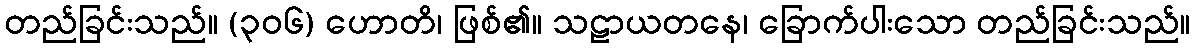
တည်ခြင်းသည်။ (၃၀၆) ဟောတိ၊ ဖြစ်၏။ သဠာယတနေ၊ ခြောက်ပါးသော တည်ခြင်းသည်။